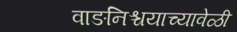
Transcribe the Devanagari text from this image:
वाङनिश्चयाच्यावेळी